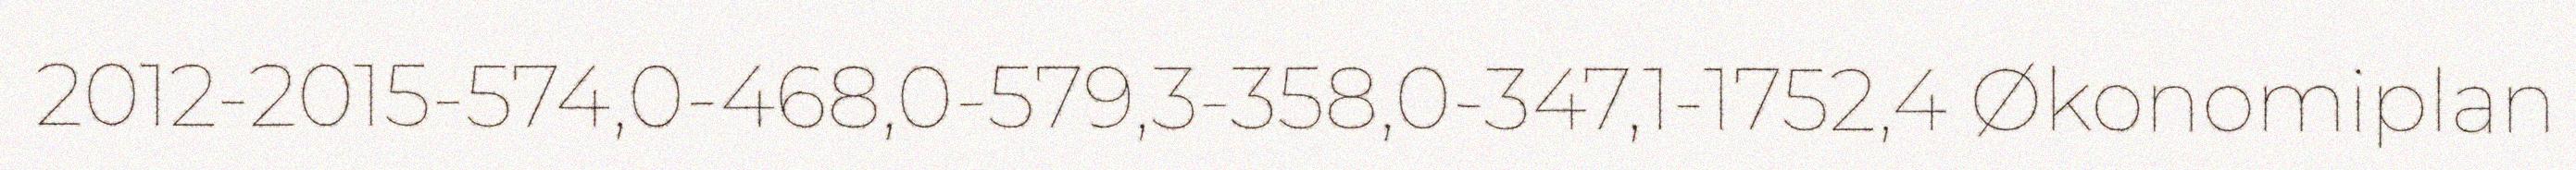
2012-2015-574,0-468,0-579,3-358,0-347,1-1752,4 Økonomiplan